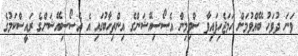
ވަނަ ދުވަހު ބޭއްވުމަށް ހަމަޖެހިފައިވާ ސްވިމިން އެސޯސިއޭޝަންގެ އިންތިހާބުގައި އެ އެސޯސިއޭޝަންގެ ރައީސްކަމުގެ